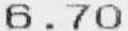
6.70